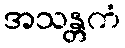
အသန္တကံ